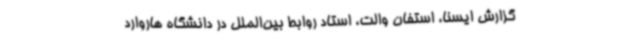
گزارش ایسنا، استفان والت، استاد روابط بین‌الملل در دانشگاه هاروارد